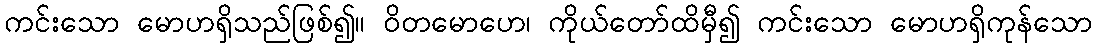
ကင်းသော မောဟရှိသည်ဖြစ်၍။ ဝိတမောဟေ၊ ကိုယ်တော်ထိမှီ၍ ကင်းသော မောဟရှိကုန်သော